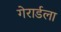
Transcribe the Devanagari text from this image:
गेरार्डला